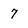
Character: 7